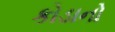
કોડાનો